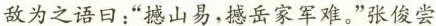
敌为之语日：”撼山易，撼岳家军难。”张俊尝